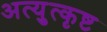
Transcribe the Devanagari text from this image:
अत्युुत्कृष्ट